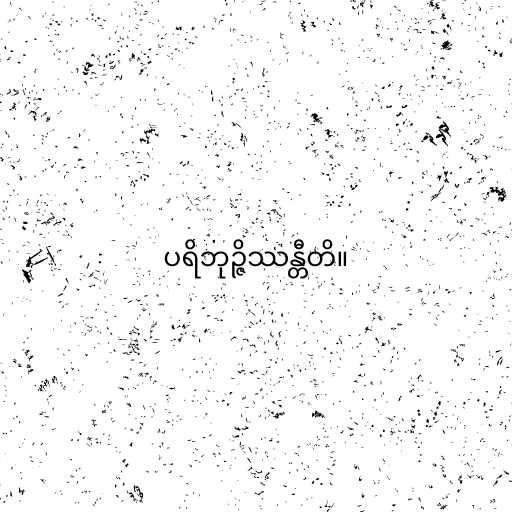
ပရိဘုဉ္ဇိဿန္တီတိ။